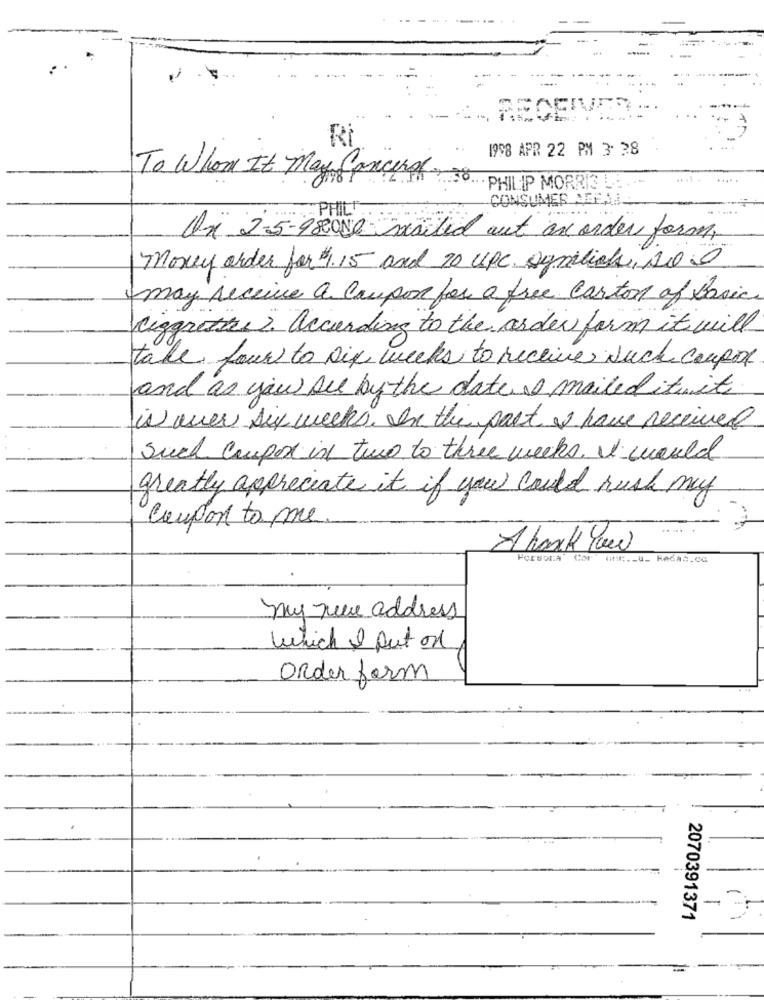
Ri
1998 APR 22 PM 3: 38
To Whom It May Concern
.....
PHILIP MORRIS LE.
CONSUMER ADEAL.
On 2-5-980Ne mailed out an order form,
Money order for $1.15 and 20 UPC. Symlinks, soI
may receive a coupon for a free carton of Basic
Cigarettes2. according to the order form it will
take four to six weeks to receive such coupon
and as you Are by the date I mailed itwith
is over six weeks. In the past & have received
Such Coupon in two to three weeks. I would
greatly appreciate it if you could rush my
Coupon to me
Thank You
Porsora
Cor
my nece address
which I put on
Order form
-
2070391371